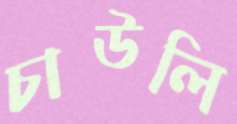
চাউলি